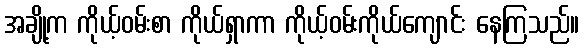
အချို့က ကိုယ့်ဝမ်းစာ ကိုယ်ရှာကာ ကိုယ့်ဝမ်းကိုယ်ကျောင်း နေကြသည်။